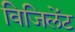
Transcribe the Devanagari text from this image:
विजिलेंट